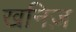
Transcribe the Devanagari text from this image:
खनिज़